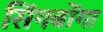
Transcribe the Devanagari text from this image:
सिंगबोंगा